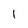
Character: 1